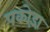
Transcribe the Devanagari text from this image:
पकोड़ा़